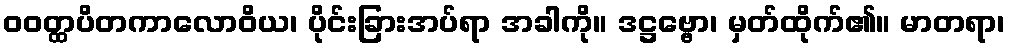
ဝဝတ္ထပိတကာလောဝိယ၊ ပိုင်းခြားအပ်ရာ အခါကို။ ဒဋ္ဌဗ္ဗော၊ မှတ်ထိုက်၏။ မာတရာ၊